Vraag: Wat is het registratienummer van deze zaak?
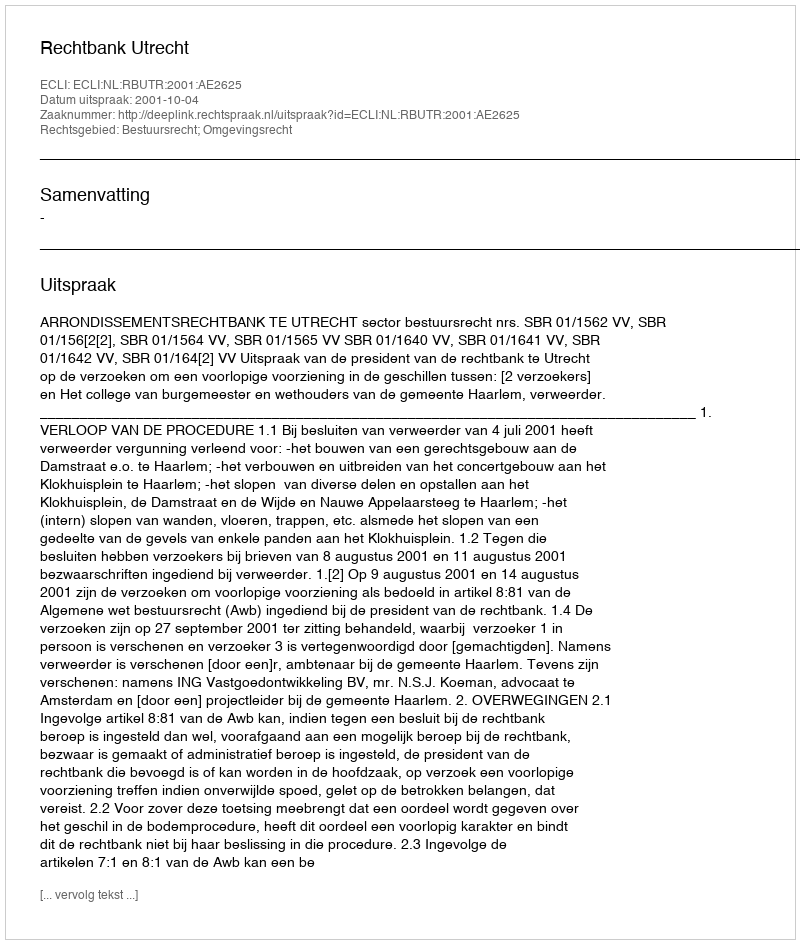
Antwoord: http://deeplink.rechtspraak.nl/uitspraak?id=ECLI:NL:RBUTR:2001:AE2625